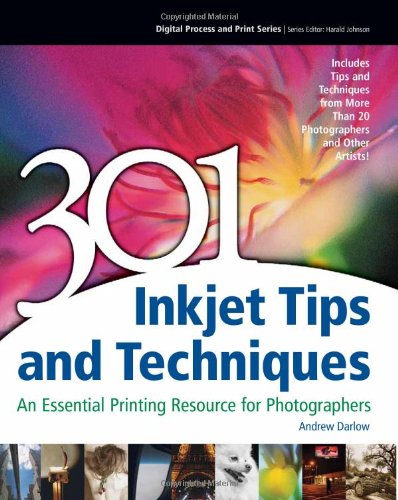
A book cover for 301 Inkjet Tips and Techniques: An Essential Printing Resource for Photographers (Digital Process and Print); Andrew Darlow; Computers & Technology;